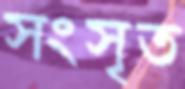
সংসৃত